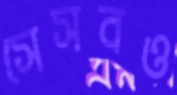
সেসবও